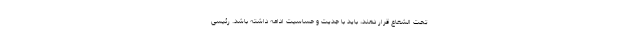
تحت الشعاع قرار دهند، باید با جدیت و حساسیت ادامه داشته باشد. رئیسی